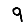
Digit: 9